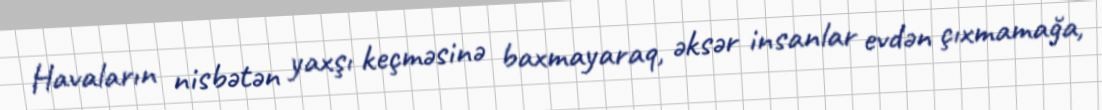
Havaların nisbətən yaxşı keçməsinə baxmayaraq, əksər insanlar evdən çıxmamağa,